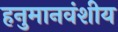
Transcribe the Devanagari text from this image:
हनुमानवंशीय